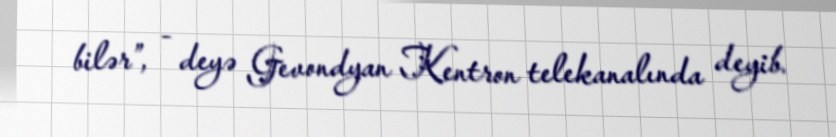
bilər”, - deyə Gevondyan Kentron telekanalında deyib.